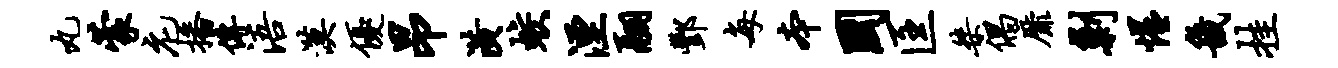
丸蒙庀播传浯漠优昂潢蛟湮翮酆每本国匡桀偶靡剿惺畿挂